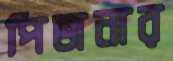
পিজনার